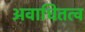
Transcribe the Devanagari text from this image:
अवाधितत्व